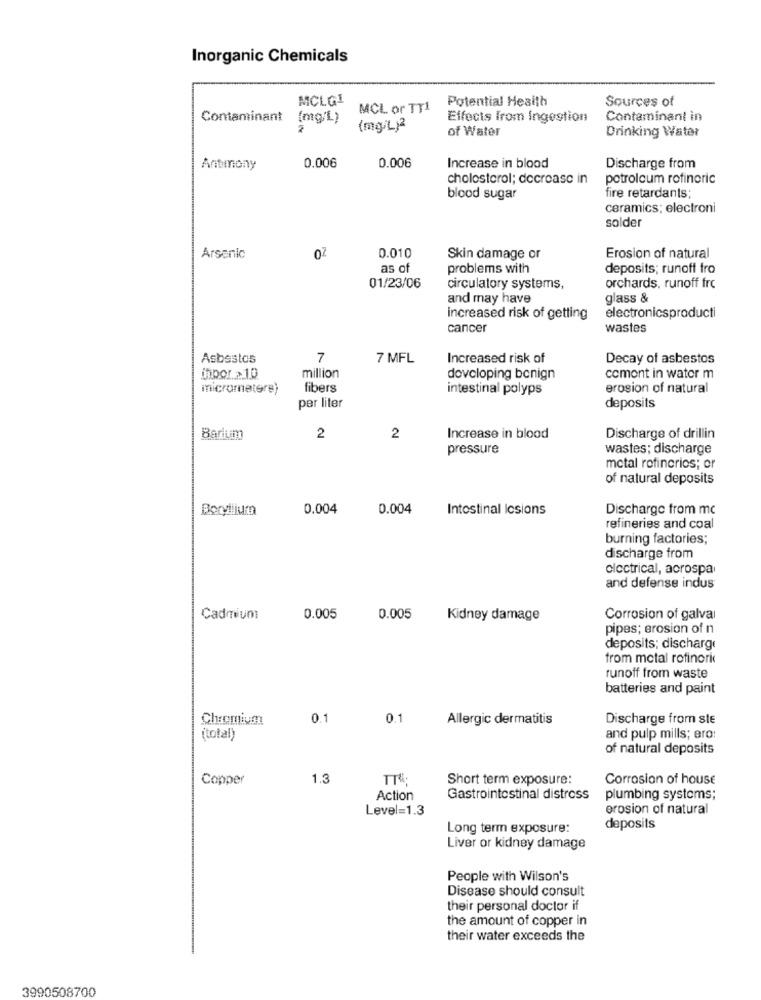
Inorganic Chemicals
MCLG1
Potential Health
Sources of
MCL or TT1
Contaminant
(mg/L)
Effects from Ingestion
Contaminant in
(mg/L)
of Water
Drinking Water
0.006
Antimony
0.006
Increase in blood
Discharge from
cholesterol; decrease in
petroleum rofineric
blood sugar
fire retardants;
ceramics; electroni
solder
Arsenic
0.010
Skin damage or
Erosion of natural
as of
problems with
deposits; runoff fro
01/23/06
circulatory systems,
orchards, runoff frc
and may have
glass &
increased risk of getting
electronicsproducti
cancer
wastes
Asbestos
7
7 MFL
Increased risk of
Decay of asbestos
million
developing benign
comont in water m
micrometers)
fibers
intestinal polyps
erosion of natural
per liter
deposits
Barium
2
2
Increase in blood
Discharge of drillin
pressure
wastes; discharge
metal refineries; or
of natural deposits
Boryliiucn
0.004
0.004
Intestinal Icsions
Discharge from mc
refineries and coal
burning factories;
discharge from
olectrical, aorospa
and defense indus
Cadmium
0.005
0.005
Kidney damage
Corrosion of galval
pipes; erosion of n
deposits; discharge
from metal rofinorid
runoff from waste
batteries and paint
Chromium
0.1
0.1
Allergic dermatitis
Discharge from ste
(total)
and pulp mills; ero!
of natural deposits
Copper
1.3
TT4;
Short term exposure:
Corrosion of house
Action
Gastrointestinal distress
plumbing systems;
Level=1.3
erosion of natural
Long term exposure:
deposits
Liver or kidney damage
People with Wilson's
Disease should consult
their personal doctor if
the amount of copper in
their water exceeds the
3990508700